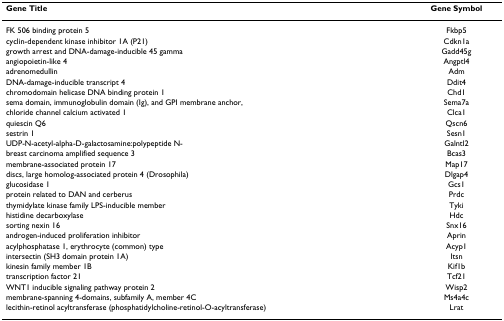
<table><thead><tr><td><b>Gene Title</b></td><td><b>Gene Symbol</b></td></tr></thead><tbody><tr><td>FK 506 binding protein 5</td><td>Fkbp5</td></tr><tr><td>cyclin-dependent kinase inhibitor 1A (P21)</td><td>Cdkn1a</td></tr><tr><td>growth arrest and DNA-damage-inducible 45 gamma</td><td>Gadd45g</td></tr><tr><td>angiopoietin-like 4</td><td>Angptl4</td></tr><tr><td>adrenomedullin</td><td>Adm</td></tr><tr><td>DNA-damage-inducible transcript 4</td><td>Ddit4</td></tr><tr><td>chromodomain helicase DNA binding protein 1</td><td>Chd1</td></tr><tr><td>sema domain, immunoglobulin domain (Ig), and GPI membrane anchor,</td><td>Sema7a</td></tr><tr><td>chloride channel calcium activated 1</td><td>Clca1</td></tr><tr><td>quiescin Q6</td><td>Qscn6</td></tr><tr><td>sestrin 1</td><td>Sesn1</td></tr><tr><td>UDP-N-acetyl-alpha-D-galactosamine:polypeptide N-</td><td>Galntl2</td></tr><tr><td>breast carcinoma amplified sequence 3</td><td>Bcas3</td></tr><tr><td>membrane-associated protein 17</td><td>Map17</td></tr><tr><td>discs, large homolog-associated protein 4 (Drosophila)</td><td>Dlgap4</td></tr><tr><td>glucosidase 1</td><td>Gcs1</td></tr><tr><td>protein related to DAN and cerberus</td><td>Prdc</td></tr><tr><td>thymidylate kinase family LPS-inducible member</td><td>Tyki</td></tr><tr><td>histidine decarboxylase</td><td>Hdc</td></tr><tr><td>sorting nexin 16</td><td>Snx16</td></tr><tr><td>androgen-induced proliferation inhibitor</td><td>Aprin</td></tr><tr><td>acylphosphatase 1, erythrocyte (common) type</td><td>Acyp1</td></tr><tr><td>intersectin (SH3 domain protein 1A)</td><td>Itsn</td></tr><tr><td>kinesin family member 1B</td><td>Kif1b</td></tr><tr><td>transcription factor 21</td><td>Tcf21</td></tr><tr><td>WNT1 inducible signaling pathway protein 2</td><td>Wisp2</td></tr><tr><td>membrane-spanning 4-domains, subfamily A, member 4C</td><td>Ms4a4c</td></tr><tr><td>lecithin-retinol acyltransferase (phosphatidylcholine-retinol-O-acyltransferase)</td><td>Lrat</td></tr></tbody></table>